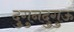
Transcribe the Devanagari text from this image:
दुगुनदुगुऊ